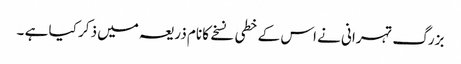
بزرگ تہرانی نے اس کے خطی نسخے کا نام ذریعہ میں ذکر کیا ہے ۔